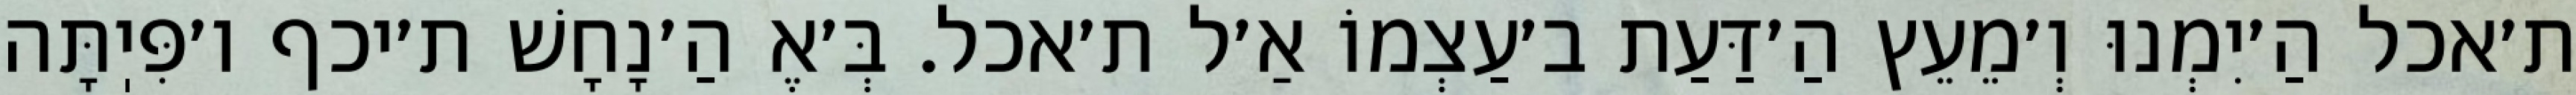
ת׳אכל הַ׳יִמְנוּ וְ׳מֵעֵץ הַ׳דַּעַת ב׳עַצְמוֹ אַ׳ל ת׳אכל. בְּ׳אֶ הַ׳נָחָשׁ ת׳יכף ו׳פִּיֽתָּה